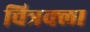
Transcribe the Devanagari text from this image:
चित्रक्ला